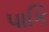
પાકિ